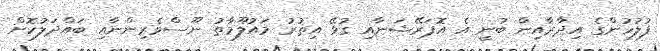
ފުލުހުންގެ އިދާރާއިން ބުނީ އެ އޮޕަރޭޝަނާއި ގުޅޭ އިތުރު މައުލޫމާތު ނޫސްވެރިންނާއި ބައްދަލުކޮށް